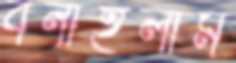
বনাইলাম